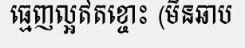
ធ្មេញល្អឥតខ្ចោះ (មិនឆាប